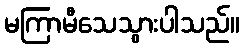
မကြာမီသေသွားပါသည်။